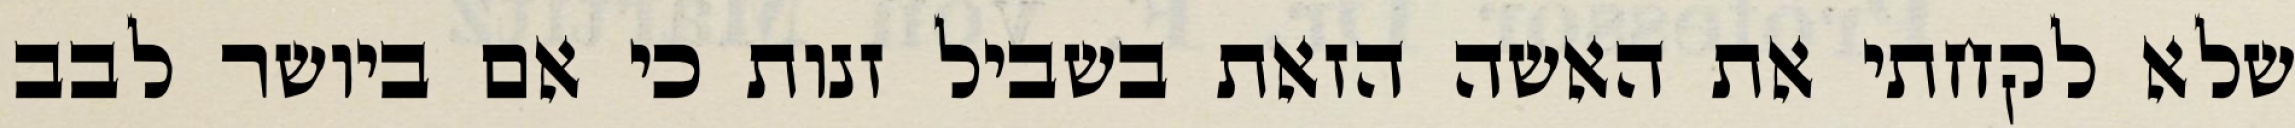
שלא לקחתי את האשה הזאת בשביל זנות כי אם ביושר לבב